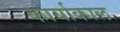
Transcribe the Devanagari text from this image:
कार्याकाल